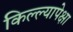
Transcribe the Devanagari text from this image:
किल्ल्यापेक्षा